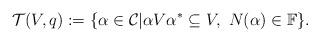
LaTeX: \begin{align*}\mathcal{T}(V,q):=\{\alpha\in\mathcal{C}|\alpha V\alpha^{*} \subseteq V,\ N(\alpha)\in\mathbb{F}\}. \end{align*}